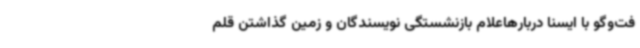
فت‌وگو با ایسنا دربارهاعلام بازنشستگی نویسندگان و زمین گذاشتن قلم